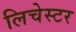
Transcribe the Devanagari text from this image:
लिचेस्टर